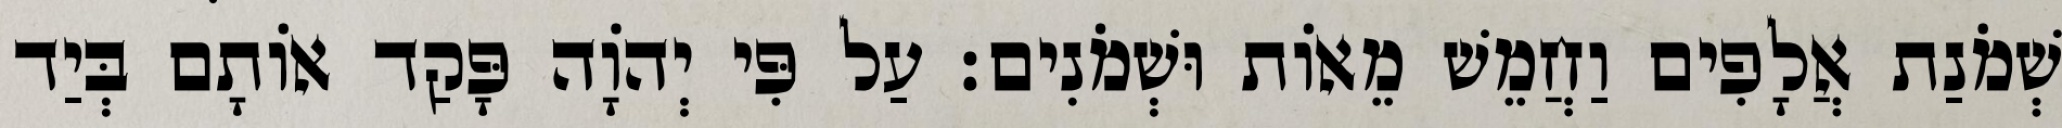
שְׁמֹנַת אֲלָפִים וַחֲמֵשׁ מֵאוֹת וּשְׁמֹנִים׃ עַל פִּי יְהֹוָה פָּקַד אוֹתָם בְּיַד